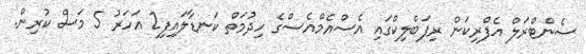
ސެންޓްރަލް އެފްރިކަން ރިޕަބްލިކްގައި އެސްއެމްއެސްގެ ހިދުމަތް ކަނޑާލައިފި2 އަހަރު 5 މަސް ކުރިން.